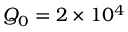
Q _ { 0 } = 2 \times 1 0 ^ { 4 }